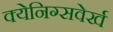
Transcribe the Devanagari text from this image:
क्येनिग्सवेर्ख